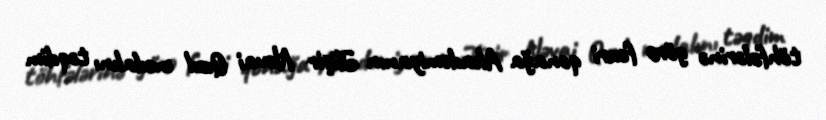
töhfələrinə görə fəxri qonağa Akademiyanın Əlişir Nəvai Qızıl medalını təqdim